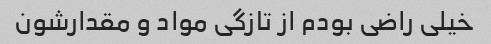
خیلی راضی بودم از تازگی مواد و مقدارشون